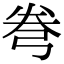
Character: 弮